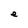
Character: e